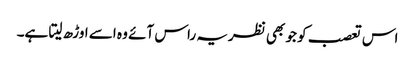
اس تعصب کو جو بھی نظریہ راس آئے وہ اسے اوڑھ لیتا ہے۔